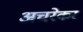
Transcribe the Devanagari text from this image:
अचरेकर